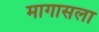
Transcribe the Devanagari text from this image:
मागासला